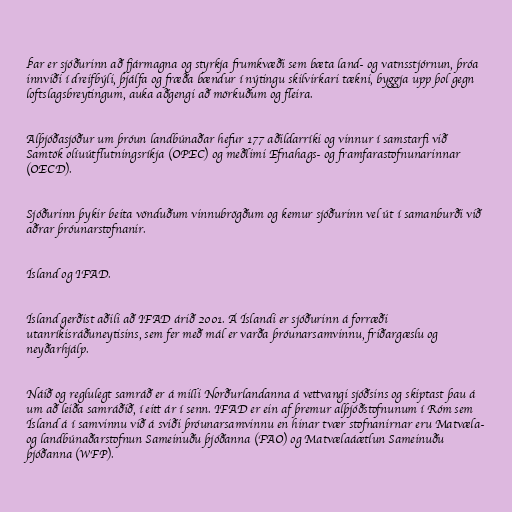
Þar er sjóðurinn að fjármagna og styrkja frumkvæði sem bæta land- og vatnsstjórnun, þróa
innviði í dreifbýli, þjálfa og fræða bændur í nýtingu skilvirkari tækni, byggja upp þol gegn
loftslagsbreytingum, auka aðgengi að mörkuðum og fleira.

Alþjóðasjóður um þróun landbúnaðar hefur 177 aðildarríki og vinnur í samstarfi við
Samtök olíuútflutningsríkja (OPEC) og meðlimi Efnahags- og framfarastofnunarinnar
(OECD).

Sjóðurinn þykir beita vönduðum vinnubrögðum og kemur sjóðurinn vel út í samanburði við
aðrar þróunarstofnanir.

Ísland og IFAD.

Ísland gerðist aðili að IFAD árið 2001. Á Íslandi er sjóðurinn á forræði
utanríkisráðuneytisins, sem fer með mál er varða þróunarsamvinnu, friðargæslu og
neyðarhjálp.

Náið og reglulegt samráð er á milli Norðurlandanna á vettvangi sjóðsins og skiptast þau á
um að leiða samráðið, í eitt ár í senn. IFAD er ein af þremur alþjóðstofnunum í Róm sem
Ísland á í samvinnu við á sviði þróunarsamvinnu en hinar tvær stofnanirnar eru Matvæla-
og landbúnaðarstofnun Sameinuðu þjóðanna (FAO) og Matvælaáætlun Sameinuðu
þjóðanna (WFP).